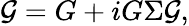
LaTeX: {\cal G}=G+iG\Sigma{\cal G},